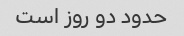
حدود دو روز است